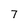
Character: 7